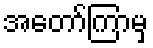
အတော်ကြာမှ